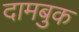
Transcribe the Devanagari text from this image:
दामबुक